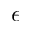
\epsilon